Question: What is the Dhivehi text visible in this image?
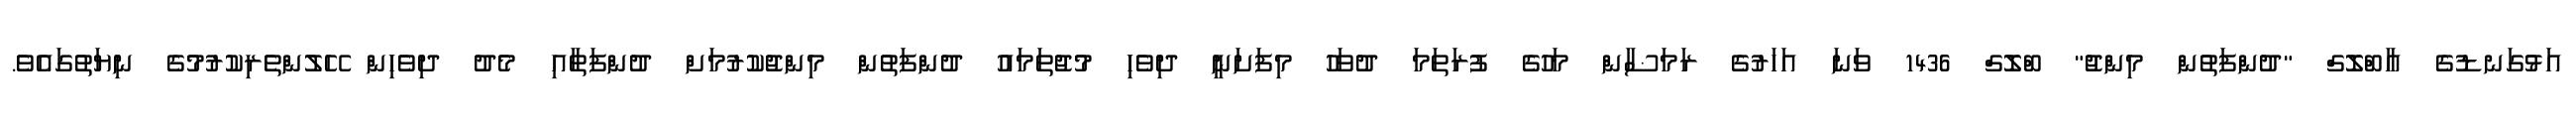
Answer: އަޅުގަނޑުގެ އާބްލޮގް "ދުންފަތުން މިންޖު" ބްލޮގް 1436 ވަނަ އަހަރުގެ ރަމަޟާން މަހުގެ ފުރަތަމަ ދުވަހު މިފަށަނީ ދިވެހި މުޖުތަމައު ދުންފަތުން މިންޖުކުރުމަށް ދުންފަތާއި މެދު ދިވެހިން ހޭލުންތެރިކުރުމުގެ ނިޔަތުގައެވެ.